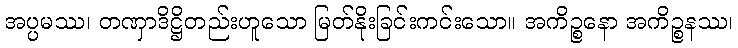
အပ္ပမဿ၊ တဏှာဒိဋ္ဌိတည်းဟူသော မြတ်နိုးခြင်းကင်းသော။ အကိဉ္စနော အကိဉ္စနဿ၊